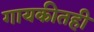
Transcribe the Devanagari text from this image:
गायकीतही